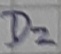
Text: D2